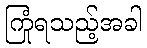
ကြုံရသည့်အခါ